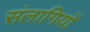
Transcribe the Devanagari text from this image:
संलागियों